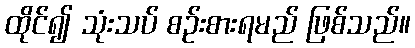
ထိုင်၍ သုံးသပ် စဉ်းစားရမည် ဖြစ်သည်။